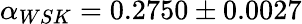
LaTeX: \alpha_{WSK}=0.2750\pm 0.0027